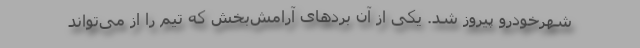
شهرخودرو پیروز شد. یکی از آن بردهای آرامش‌بخش که تیم را از می‌تواند